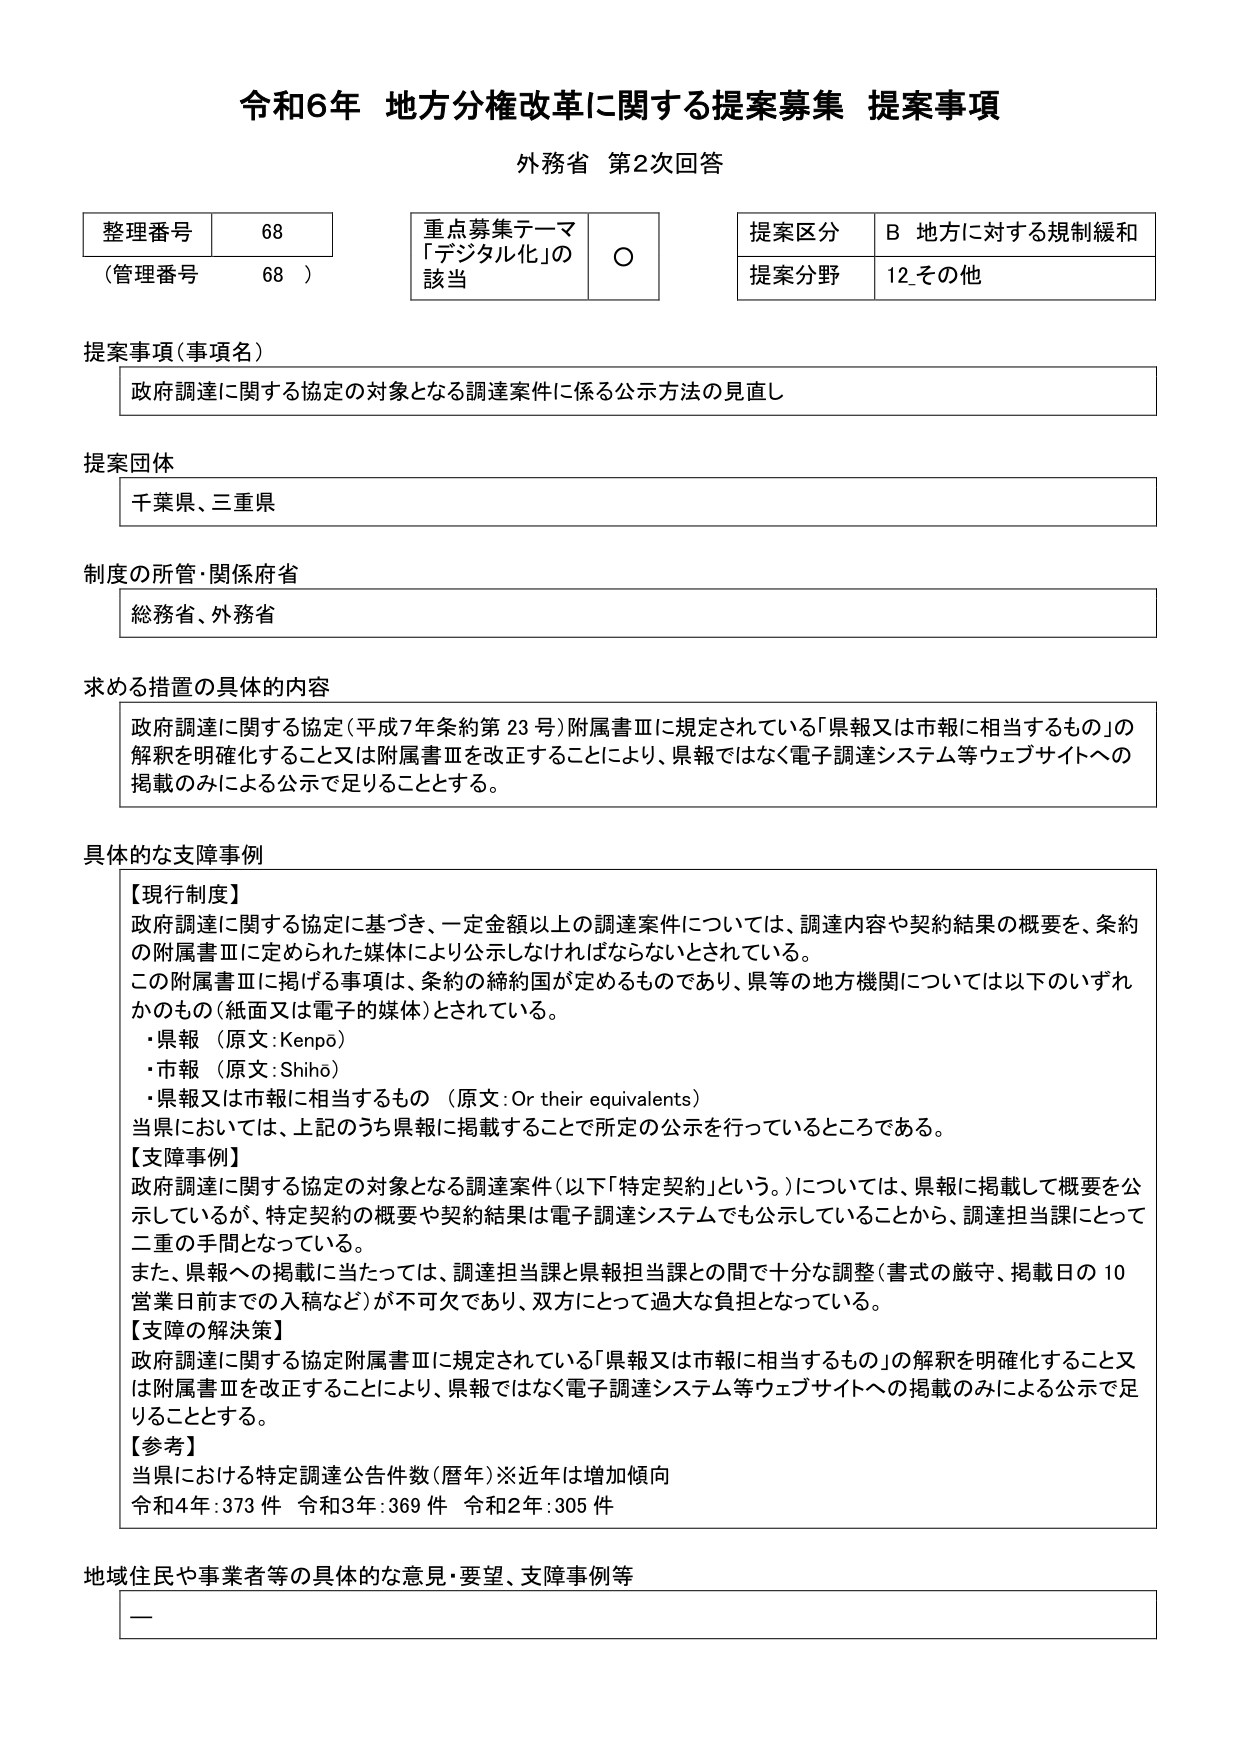
令和6年 地方分権改革に関する提案募集 提案事項
外務省 第2次回答

整理番号 68
（管理番号 68）

重点募集テーマ
「デジタル化」の
該当 ○

提案区分 B 地方に対する規制緩和
提案分野 12.その他

提案事項（事項名）
政府調達に関する協定の対象となる調達案件に係る公示方法の見直し

提案団体
千葉県、三重県

制度の所管・関係府省
総務省、外務省

求める措置の具体的な内容
政府調達に関する協定（平成7年条約第23号）附属書Ⅲに規定されている「県報又は市報に相当するもの」の解釈を明確化すること又は附属書Ⅲを改正することにより、県報ではなく電子調達システム等ウェブサイトへの掲載のみによる公示で足りることとする。

具体的な支障事例
【現行制度】
政府調達に関する協定に基づき、一定金額以上の調達案件については、調達内容や契約結果の概要を、条約の附属書Ⅲに定められた媒体により公示しなければならないとされている。
この附属書Ⅲに掲げる事項は、条約の締約国が定めるものであり、県等の地方機関については以下のいずれかのもの（紙面又は電子的媒体）とされている。
・県報 （原文：Kenpō）
・市報 （原文：Shihō）
・県報又は市報に相当するもの （原文：Or their equivalents）
当県においては、上記のうち県報に掲載することで所定の公示を行っているところである。

【支障事例】
政府調達に関する協定の対象となる調達案件（以下「特定契約」という。）については、県報に掲載して概要を公示しているが、特定契約の概要や契約結果は電子調達システムでも公示していることから、調達担当課にとって二重の手間となっている。
また、県報への掲載に当たっては、調達担当課と県報担当課との間で十分な調整（書式の厳守、掲載日の10営業日前までの入稿など）が不可欠であり、双方にとって過大な負担となっている。

【支障の解決策】
政府調達に関する協定附属書Ⅲに規定されている「県報又は市報に相当するもの」の解釈を明確化すること又は附属書Ⅲを改正することにより、県報ではなく電子調達システム等ウェブサイトへの掲載のみによる公示で足りることとする。

【参考】
当県における特定調達公告件数（暦年）※近年は増加傾向
令和4年：373件 令和3年：369件 令和2年：305件

地域住民や事業者等の具体的な意見・要望、支障事例等
ー